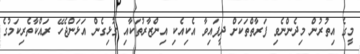
މީގެ އިތުރުން މިދެންނެވި ފަރާތްތަކަށް ދީފައިވާ އެކިއެކި އިންޒާރުތަކާއި ގުޅިގެން އަޅަންޖެހޭ ރައްކާތެރިކަމުގެ